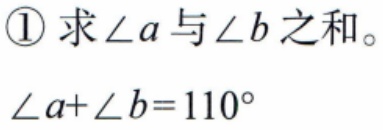
\textcircled{1} 求\(\angle a\)与\(\angle b\)之和。
\(\angle a + \angle b = 110^{\circ}\)